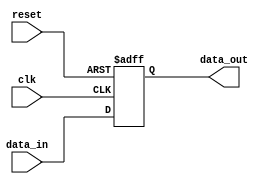
module io_buffer (
    input wire clk,
    input wire reset,
    input wire data_in,
    output reg data_out
);

reg buffer;

always @(posedge clk or posedge reset) begin
    if (reset) begin
        buffer <= 1'b0;
    end else begin
        buffer <= data_in;
    end
end

assign data_out = buffer;

endmodule